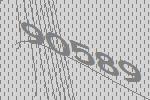
90589